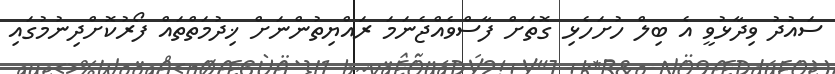
ސައުދު ވިދާޅުވީ އެ ބިލް ހުށަހެޅި ގޮތަށް ފާސްވެއްޖެނަމަ ރައްޔިތުންނަށް ޚިދުމަތްތައް ފޯރުކޮށްދިނުމުގައި